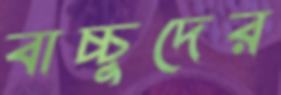
বাচ্চুদের